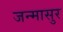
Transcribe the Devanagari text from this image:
जन्मासुर